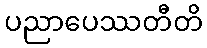
ပညာပေဿတီတိ